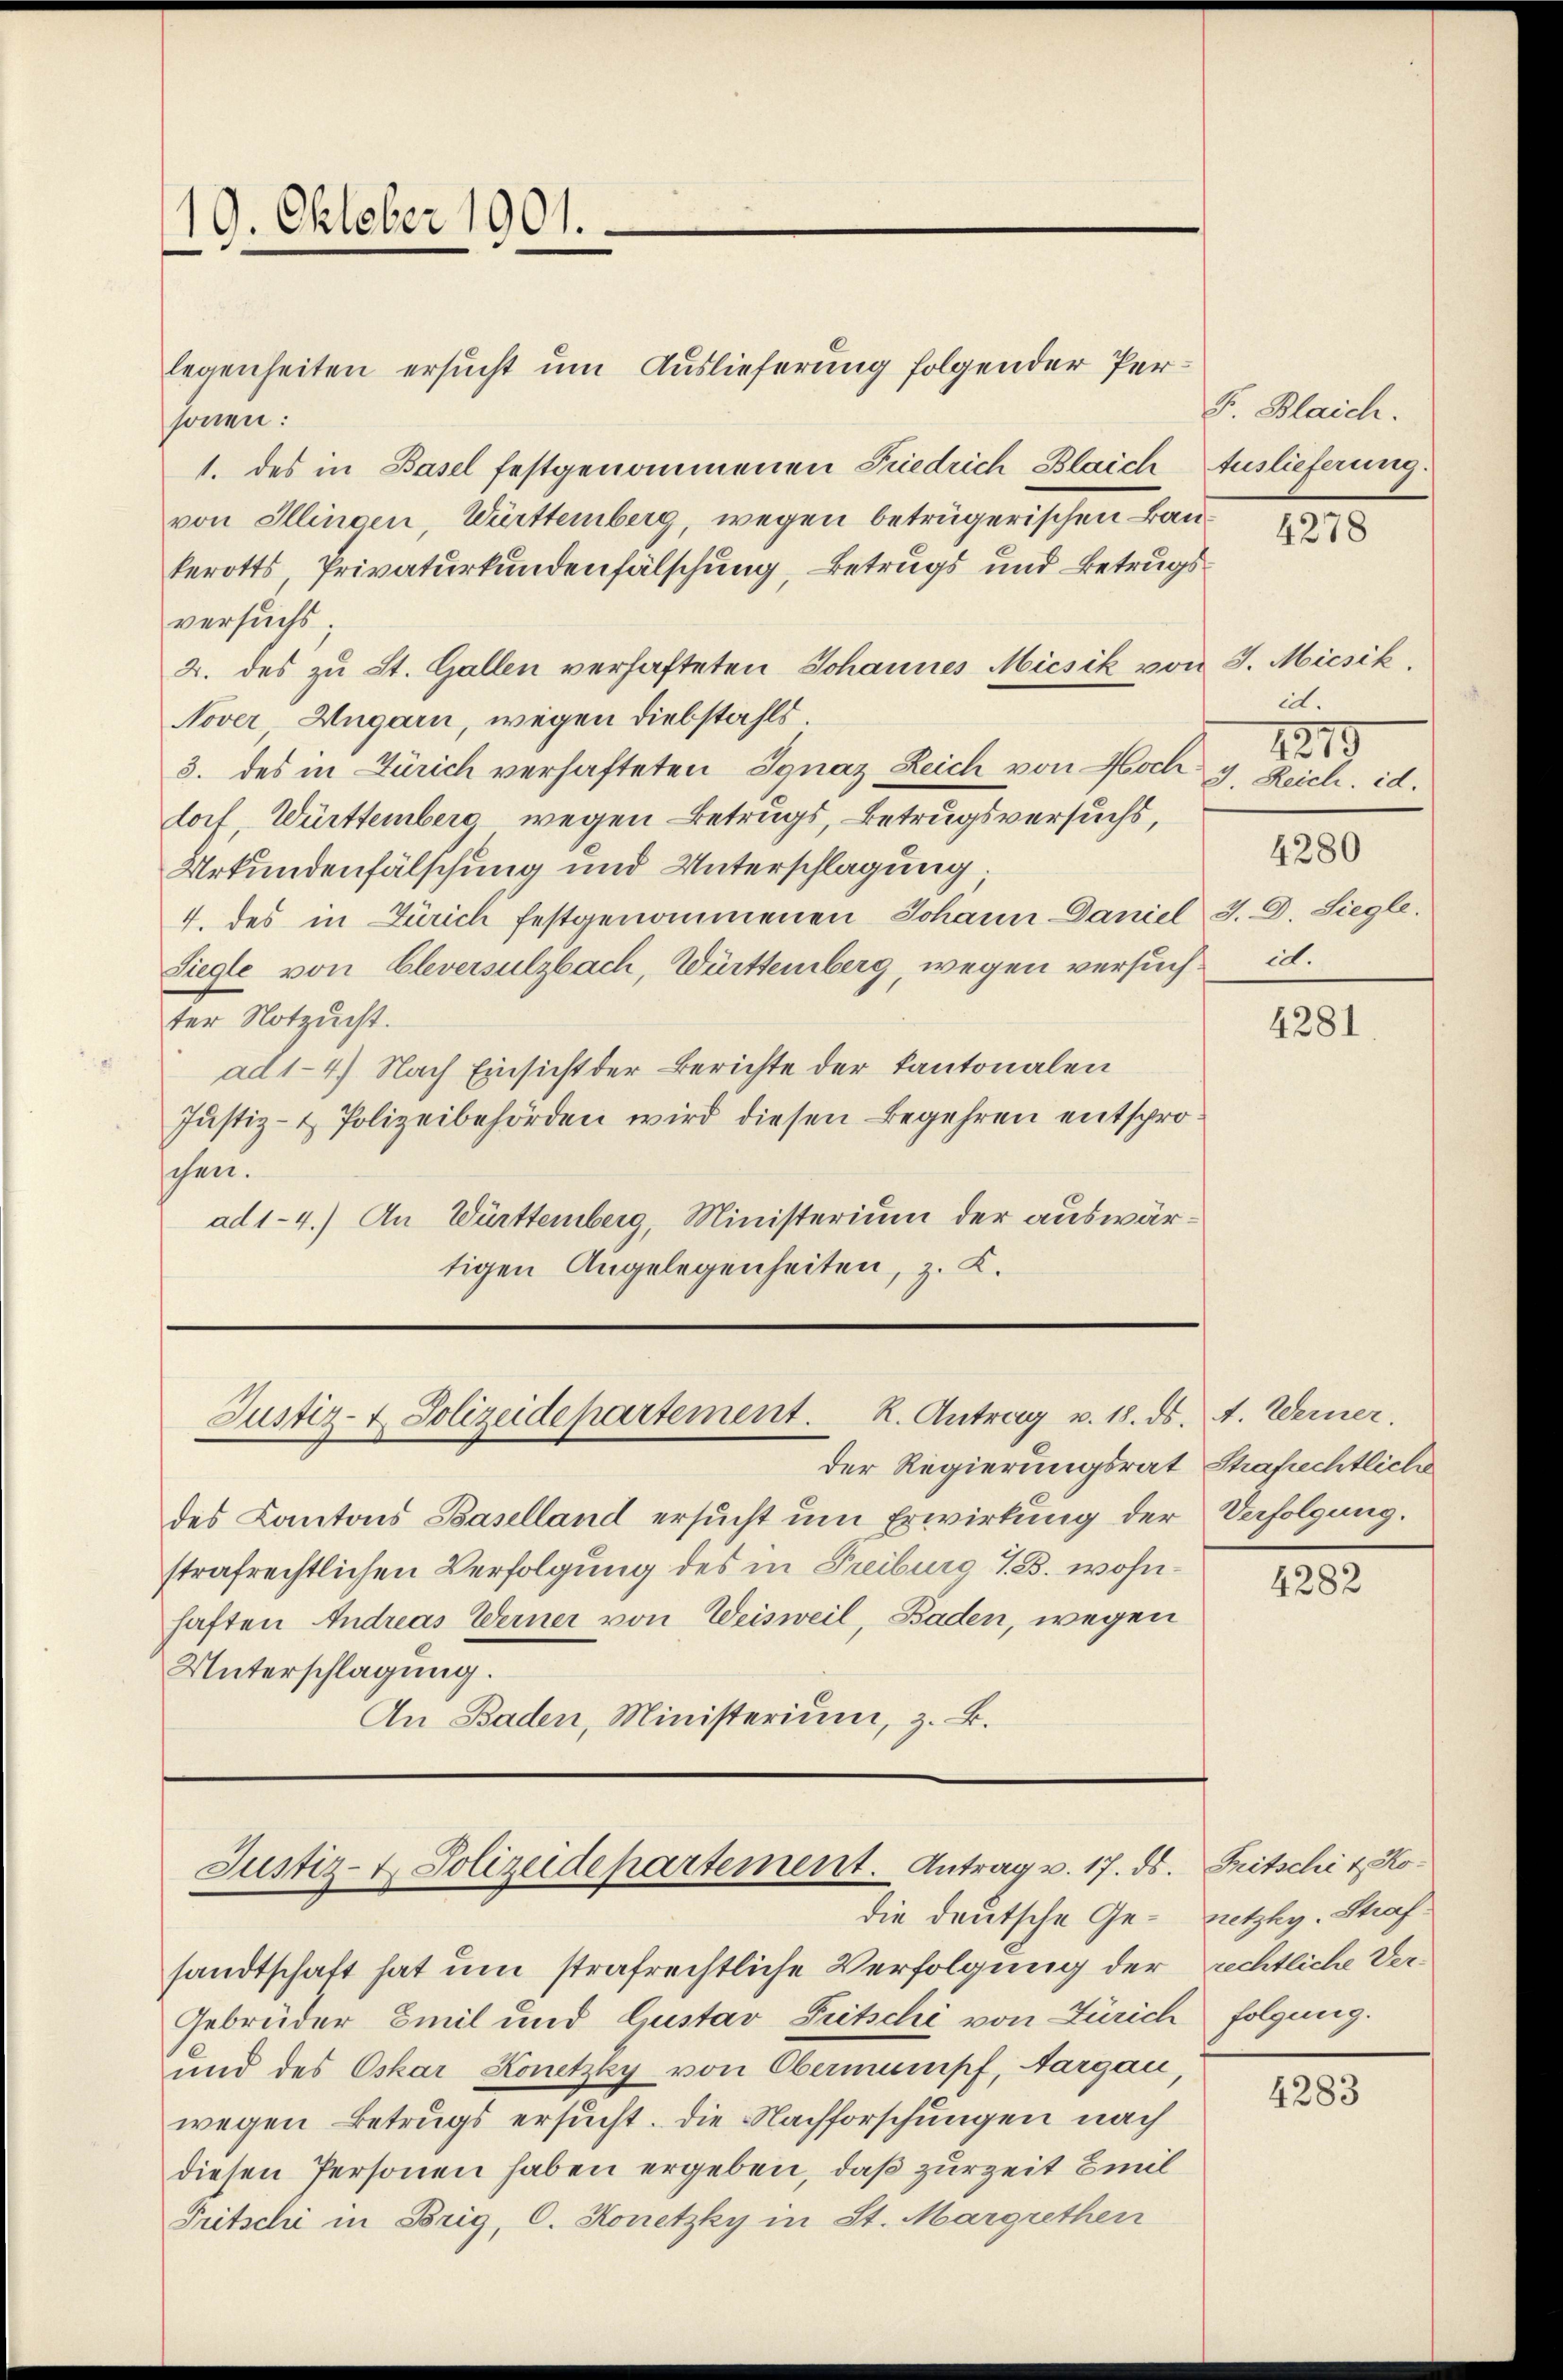
19. Oktober 1901.

legenheiten ersucht um Auslieferung folgender Personen:
1. des in Basel festgenommenen Friedrich Blaich Auslieferung.
von Illingen, Württemberg, wegen betrügerischen Baukerotts, Privaturkundenfälschung, Betrugs und Betrugsversuchs
2. des zŭ St. Gallen verhafteten Johannes Micsik von J. Micsik,
Nover-Ungarn, wegen Diebstahls
3. des in Zürich verhafteten Ignaz Leich von Hoch s. Reich. id.
dorf, Württemberg wegen Betrugs, Betrugsversuchs,
Urkundenfälschung und Unterschlagung.
4. des in Zürich festgenommenen Johann Daniel S. D. Siegle
Siegle von Eleversulzbach, Württemberg, wegen versuchter Notzucht.
ad 1-4.) Nach Einsicht der Berichte der Kantonalen
Justiz- & Polizeibehörden wird diesen Begehren entsproschen.
ad 1-4.) An Württemberg, Ministerium der auswärtigen Angelegenheiten, z. K.

Justiz- & Polizeidepartement. K. Antrag v. 18. ds. A. Werner.

der Regierungsrat Shafrechtliche
des Cantons Baselland ersucht um Erwirkung der Verfolgung.
strafrechtlichen Verfolgung des in Freiburg 13. wohnhaften Andreas Werner von Weisweil, Baden, wegen
Unterschlagung.
An Baden, Ministerium, z. B.

Justiz- & Polizeidepartement. Antrag v. 17. ds.
die deutsche Ge¬

sandtschaft hat um strafrechtliche Verfolgung der rechtliche Ver-
Gebrüder Emil und Gustav Pitschi von Zürich folgung.
und des Oskar Konetzky von Obermumpf, Aargau,
wegen Betrugs ersucht. Die Nachforschungen nach
diesen Personen haben ergeben, daß zurzeit Emil
Tritschi in Brig, C. Konetzky in St. Margrethen

. Blaich.

4278

it.
1215
4280
it.

4281.

4282

Fritschi & Konetzky, Straf¬

4283